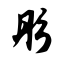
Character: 彤